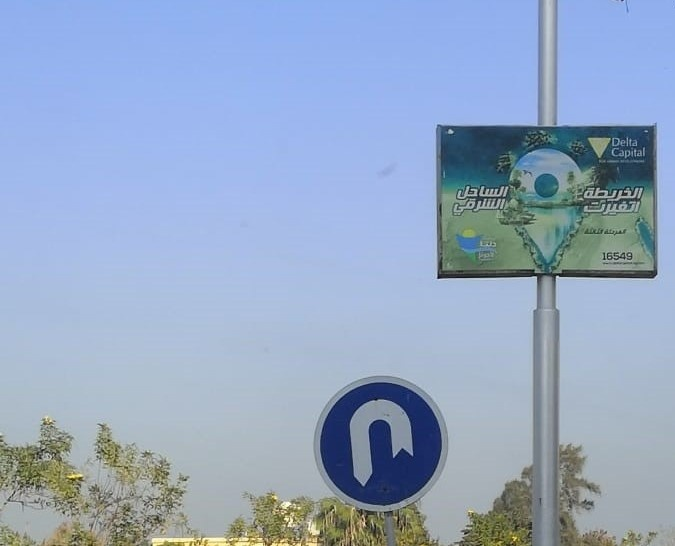
Text in image: الساحل الشرقي